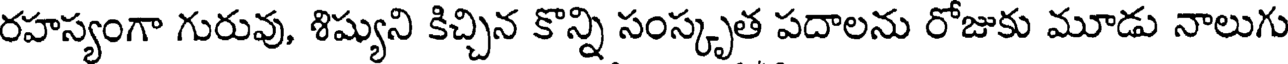
రహస్యంగా గురువు, శిష్యుని కిచ్చిన కొన్ని సంస్కృత పదాలను రోజుకు మూడు నాలుగు